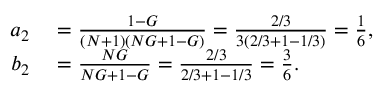
\begin{array} { r l } { a _ { 2 } } & { { } = \frac { 1 - G } { ( N + 1 ) ( N G + 1 - G ) } = \frac { 2 / 3 } { 3 \left( 2 / 3 + 1 - 1 / 3 \right) } = \frac { 1 } { 6 } , } \\ { b _ { 2 } } & { { } = \frac { N G } { N G + 1 - G } = \frac { 2 / 3 } { 2 / 3 + 1 - 1 / 3 } = \frac { 3 } { 6 } . } \end{array}